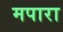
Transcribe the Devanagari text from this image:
मपारा